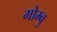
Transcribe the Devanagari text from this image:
गोम्बु